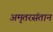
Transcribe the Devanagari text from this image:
अमृतरसंतान